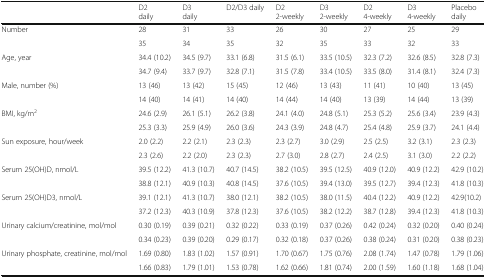
<table><thead><tr><td></td><td><b>D2daily</b></td><td><b>D3daily</b></td><td><b>D2/D3 daily</b></td><td><b>D22-weekly</b></td><td><b>D32-weekly</b></td><td><b>D24-weekly</b></td><td><b>D34-weekly</b></td><td><b>Placebodaily</b></td></tr></thead><tbody><tr><td rowspan="2">Number</td><td>28</td><td>31</td><td>33</td><td>26</td><td>30</td><td>27</td><td>25</td><td>29</td></tr><tr><td>35</td><td>34</td><td>35</td><td>32</td><td>35</td><td>33</td><td>32</td><td>33</td></tr><tr><td rowspan="2">Age, year</td><td>34.4 (10.2)</td><td>34.5 (9.7)</td><td>33.1 (6.8)</td><td>31.5 (6.1)</td><td>33.5 (10.5)</td><td>32.3 (7.2)</td><td>32.6 (8.5)</td><td>32.8 (7.3)</td></tr><tr><td>34.7 (9.4)</td><td>33.7 (9.7)</td><td>32.8 (7.1)</td><td>31.5 (7.8)</td><td>33.4 (10.5)</td><td>33.5 (8.0)</td><td>31.4 (8.1)</td><td>32.4 (7.3)</td></tr><tr><td rowspan="2">Male, number (%)</td><td>13 (46)</td><td>13 (42)</td><td>15 (45)</td><td>12 (46)</td><td>13 (43)</td><td>11 (41)</td><td>10 (40)</td><td>13 (45)</td></tr><tr><td>14 (40)</td><td>14 (41)</td><td>14 (40)</td><td>14 (44)</td><td>14 (40)</td><td>13 (39)</td><td>14 (44)</td><td>13 (39)</td></tr><tr><td rowspan="2">BMI, kg/m<sup>2</sup></td><td>24.6 (2.9)</td><td>26.1 (5.1)</td><td>26.2 (3.8)</td><td>24.1 (4.0)</td><td>24.8 (5.1)</td><td>25.3 (5.2)</td><td>25.6 (3.4)</td><td>23.9 (4.3)</td></tr><tr><td>25.3 (3.3)</td><td>25.9 (4.9)</td><td>26.0 (3.6)</td><td>24.3 (3.9)</td><td>24.8 (4.7)</td><td>25.4 (4.8)</td><td>25.9 (3.7)</td><td>24.1 (4.4)</td></tr><tr><td rowspan="2">Sun exposure, hour/week</td><td>2.0 (2.2)</td><td>2.2 (2.1)</td><td>2.3 (2.3)</td><td>2.3 (2.7)</td><td>3.0 (2.9)</td><td>2.5 (2.5)</td><td>3.2 (3.1)</td><td>2.3 (2.3)</td></tr><tr><td>2.3 (2.6)</td><td>2.2 (2.0)</td><td>2.3 (2.3)</td><td>2.7 (3.0)</td><td>2.8 (2.7)</td><td>2.4 (2.5)</td><td>3.1 (3.0)</td><td>2.2 (2.2)</td></tr><tr><td rowspan="2">Serum 25(OH)D, nmol/L</td><td>39.5 (12.2)</td><td>41.3 (10.7)</td><td>40.7 (14.5)</td><td>38.2 (10.5)</td><td>39.5 (12.5)</td><td>40.9 (12.0)</td><td>40.9 (12.2)</td><td>42.9 (10.2)</td></tr><tr><td>38.8 (12.1)</td><td>40.9 (10.3)</td><td>40.8 (14.5)</td><td>37.6 (10.5)</td><td>39.4 (13.0)</td><td>39.5 (12.7)</td><td>39.4 (12.3)</td><td>41.8 (10.3)</td></tr><tr><td rowspan="2">Serum 25(OH)D3, nmol/L</td><td>39.1 (12.1)</td><td>41.3 (10.7)</td><td>38.0 (12.1)</td><td>38.2 (10.5)</td><td>38.0 (11.5)</td><td>40.4 (12.2)</td><td>40.9 (12.2)</td><td>42.9(10.2)</td></tr><tr><td>37.2 (12.3)</td><td>40.3 (10.9)</td><td>37.8 (12.3)</td><td>37.6 (10.5)</td><td>38.2 (12.2)</td><td>38.7 (12.8)</td><td>39.4 (12.3)</td><td>41.8 (10.3)</td></tr><tr><td rowspan="2">Urinary calcium/creatinine, mol/mol</td><td>0.30 (0.19)</td><td>0.39 (0.21)</td><td>0.32 (0.22)</td><td>0.33 (0.19)</td><td>0.37 (0.26)</td><td>0.42 (0.24)</td><td>0.32 (0.20)</td><td>0.40 (0.24)</td></tr><tr><td>0.34 (0.23)</td><td>0.39 (0.20)</td><td>0.29 (0.17)</td><td>0.32 (0.18)</td><td>0.37 (0.26)</td><td>0.38 (0.24)</td><td>0.31 (0.20)</td><td>0.38 (0.23)</td></tr><tr><td rowspan="2">Urinary phosphate, creatinine, mol/mol</td><td>1.69 (0.80)</td><td>1.83 (1.02)</td><td>1.57 (0.91)</td><td>1.70 (0.67)</td><td>1.75 (0.76)</td><td>2.08 (1.74)</td><td>1.47 (0.78)</td><td>1.79 (1.06)</td></tr><tr><td>1.66 (0.83)</td><td>1.79 (1.01)</td><td>1.53 (0.78)</td><td>1.62 (0.66)</td><td>1.81 (0.74)</td><td>2.00 (1.59)</td><td>1.60 (1.18)</td><td>1.68 (1.04)</td></tr></tbody></table>